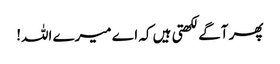
پھر آگے لکھتی ہیں کہ اے میرے اللہ!